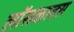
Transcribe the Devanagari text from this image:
लॉसकाक्स